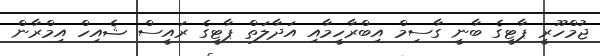
ޖުމްހޫރީ ޕާޓީގެ ބާނީ ގާސިމް އިބްރާހީމާއި އަދާލަތް ޕާޓީގެ ރައީސް ޝެއިހް އިމްރާން